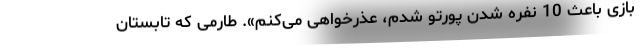
بازی باعث 10 نفره شدن پورتو شدم، عذرخواهی می‌کنم». طارمی که تابستان